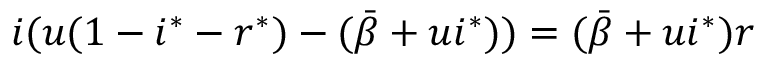
i ( u ( 1 - i ^ { * } - r ^ { * } ) - ( \bar { \beta } + u i ^ { * } ) ) = ( \bar { \beta } + u i ^ { * } ) r